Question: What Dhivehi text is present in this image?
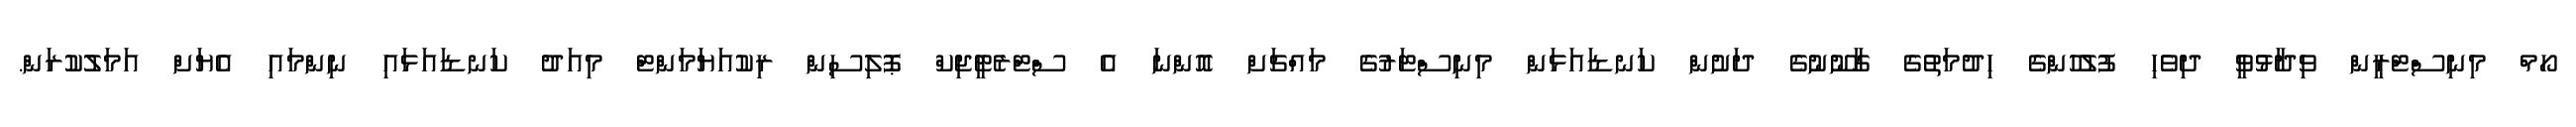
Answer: ހޯމް މިނިސްޓްރީން ވިދާޅުވީ ދިވެހި ފުލުހުންގެ ހިދުމަތުގެ ގާނޫނުގެ ދަށުން ކަނޑައަޅަން މިނިސްޓަރުގެ މައްޗަށް އޮންނަ އެ ސްޓްރެޓީޖިކް ޕޮލިސިން ރިކުއަޔަމަންޓް މިއަދު ކަނޑައަޅައި ނިންމައި އެޔަށް އަމަލުކުރަން.